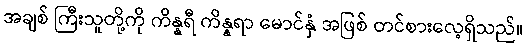
အချစ် ကြီးသူတို့ကို ကိန္နရီ ကိန္နရာ မောင်နှံ အဖြစ် တင်စားလေ့ရှိသည်။